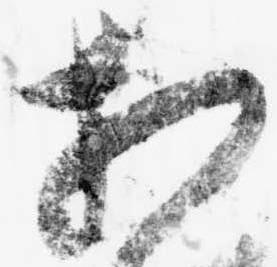
相